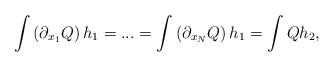
LaTeX: \begin{align*}\int \left( \partial_{x_1} Q \right) h_1 = ... = \int \left( \partial_{x_N} Q \right) h_1 = \int Q h_2,\end{align*}